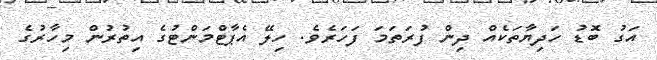
އަގު ބޮޑު ހަދިޔާތަކެއް ދިން ފުރަތަމަ ފަހަރެވެ. ހިލޭ އެޕާޓްމަންޓުގެ އިތުރުން މިހާރުގެ